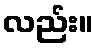
လည်း။